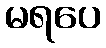
မရပေ